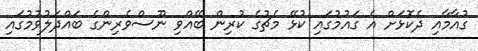
ގުއާމާއި ދެކޮޅަށް އެ ގައުމުގައި ކުޅޭ މެޗުގެ ކުރިން ބޭއްވި ނޫސްވެރިންގެ ބައްދަލުވުމުގައި